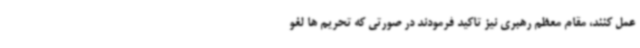
عمل کنند، مقام معظم رهبری نیز تاکید فرمودند در صورتی که تحریم ها لغو